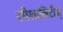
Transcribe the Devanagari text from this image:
स्पेशालिटीज्